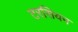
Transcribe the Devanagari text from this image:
टरसियन